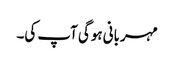
مہربانی ہوگی آپ کی۔